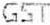
GST